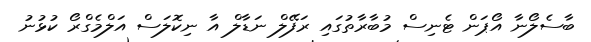
ބާސެލޯނާ އޯޕަން ޓެނިސް މުބާރާތުގައި ރަފޭލް ނަޑާލް އާ ނިކޮލަސް އަލްމެގްރޯ ކުޅުނު